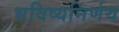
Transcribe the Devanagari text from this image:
भविष्यनिर्णय